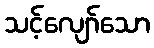
သင့်လျော်သော